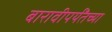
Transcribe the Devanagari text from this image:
बारावीपर्यँतच्या